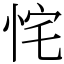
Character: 㤞